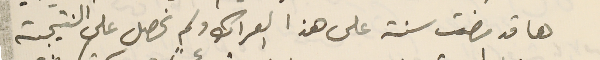
ها قد مضت سنة على هذا العراك ولم نحصل على النتيجة